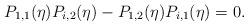
LaTeX: \begin{align*}P_{1,1}(\eta)P_{i,2}(\eta)-P_{1,2}(\eta)P_{i,1}(\eta)=0.\end{align*}